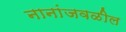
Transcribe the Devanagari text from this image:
नानांजवळील